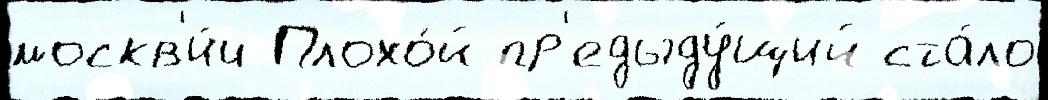
москв'и́ч Плохо́й пр'едыду́щий ста́ло